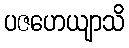
ပဇဟေယျာသိ